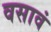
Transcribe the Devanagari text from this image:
वसावं